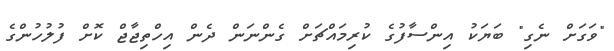
"ވަގަށް ނެގި" ބަޔަކު އިންސާފުގެ ކުރިމައްޗަށް ގެންނަން ދެން އިހްތިޖާޖް ކޮށް ފުލުހުންގެ